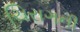
ચિરાગની